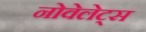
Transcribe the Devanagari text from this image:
नोवेलेट्स